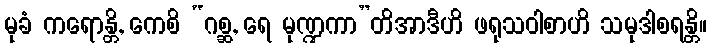
မုခံ ကရောန္တိ, ကေစိ “ဂစ္ဆ, ရေ မုဏ္ဍကာ”တိအာဒီဟိ ဖရုသဝါစာဟိ သမုဒါစရန္တိ။